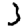
Digit: 3